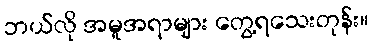
ဘယ်လို အမူအရာများ တွေ့ရသေးတုန်း။